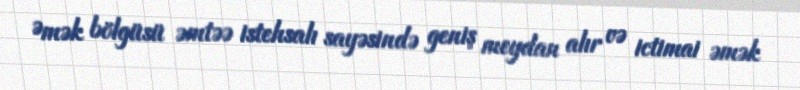
Əmək bölgüsü əmtəə istehsalı sayəsində geniş meydan alır və ictimai əmək